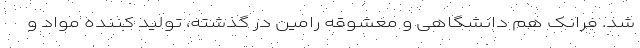
شد. فرانک هم دانشگاهی و معشوقه رامین در گذشته، تولید کننده مواد و